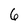
Character: 6